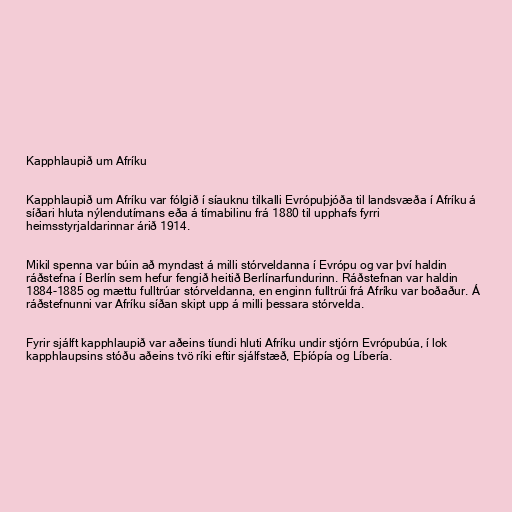
Kapphlaupið um Afríku

Kapphlaupið um Afríku var fólgið í síauknu tilkalli Evrópuþjóða til landsvæða í Afríku á
síðari hluta nýlendutímans eða á tímabilinu frá 1880 til upphafs fyrri
heimsstyrjaldarinnar árið 1914.

Mikil spenna var búin að myndast á milli stórveldanna í Evrópu og var því haldin
ráðstefna í Berlín sem hefur fengið heitið Berlínarfundurinn. Ráðstefnan var haldin
1884-1885 og mættu fulltrúar stórveldanna, en enginn fulltrúi frá Afríku var boðaður. Á
ráðstefnunni var Afríku síðan skipt upp á milli þessara stórvelda.

Fyrir sjálft kapphlaupið var aðeins tíundi hluti Afríku undir stjórn Evrópubúa, í lok
kapphlaupsins stóðu aðeins tvö ríki eftir sjálfstæð, Eþíópía og Líbería.